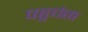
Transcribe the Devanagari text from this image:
पहुचंता